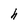
Character: h